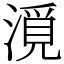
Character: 漞